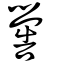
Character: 嚳